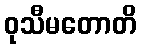
ဝုသီမတောတိ